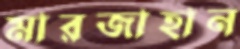
মারজাহান